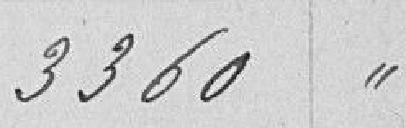
3360